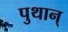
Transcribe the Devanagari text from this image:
पुथान्